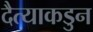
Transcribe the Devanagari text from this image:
दैत्याकडुन